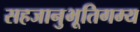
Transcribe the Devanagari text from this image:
सहजानुभूतिगम्य